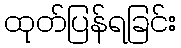
ထုတ်ပြန်ရခြင်း